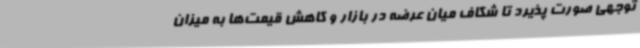
توجهی صورت پذیرد تا شکاف میان عرضه در بازار و کاهش قیمت‌ها به میزان